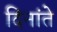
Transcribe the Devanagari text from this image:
दिनांते